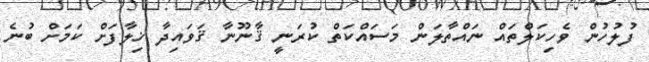
ފުލުހުން ވެހިކަލްތައް ނައްތާލަން މަސައްކަތް ކުރަނީ ޤާނޫނާ ޤަވައިދާ ޚިލާފަށް ކަމަށް ބުނެ